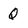
Character: Q